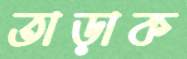
তাড়াক